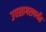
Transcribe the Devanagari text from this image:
उपसागरापर्यंत